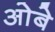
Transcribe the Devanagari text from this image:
ओबे